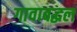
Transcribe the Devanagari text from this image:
गावाबद्धल